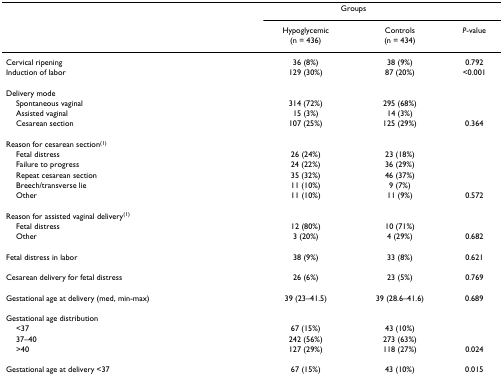
<table><thead><tr><td></td><td colspan="2"><b>Groups</b></td><td></td></tr><tr><td></td><td><b>Hypoglycemic(n = 436)</b></td><td><b>Controls(n = 434)</b></td><td><b><i>P</i>-value</b></td></tr></thead><tbody><tr><td>Cervical ripening</td><td>36 (8%)</td><td>38 (9%)</td><td>0.792</td></tr><tr><td>Induction of labor</td><td>129 (30%)</td><td>87 (20%)</td><td>&lt;0.001</td></tr><tr><td>Delivery mode</td><td></td><td></td><td></td></tr><tr><td> Spontaneous vaginal</td><td>314 (72%)</td><td>295 (68%)</td><td></td></tr><tr><td> Assisted vaginal</td><td>15 (3%)</td><td>14 (3%)</td><td></td></tr><tr><td> Cesarean section</td><td>107 (25%)</td><td>125 (29%)</td><td>0.364</td></tr><tr><td>Reason for cesarean section<sup>(1)</sup></td><td></td><td></td><td></td></tr><tr><td> Fetal distress</td><td>26 (24%)</td><td>23 (18%)</td><td></td></tr><tr><td> Failure to progress</td><td>24 (22%)</td><td>36 (29%)</td><td></td></tr><tr><td> Repeat cesarean section</td><td>35 (32%)</td><td>46 (37%)</td><td></td></tr><tr><td> Breech/transverse lie</td><td>11 (10%)</td><td>9 (7%)</td><td></td></tr><tr><td> Other</td><td>11 (10%)</td><td>11 (9%)</td><td>0.572</td></tr><tr><td>Reason for assisted vaginal delivery<sup>(1)</sup></td><td></td><td></td><td></td></tr><tr><td> Fetal distress</td><td>12 (80%)</td><td>10 (71%)</td><td></td></tr><tr><td> Other</td><td>3 (20%)</td><td>4 (29%)</td><td>0.682</td></tr><tr><td>Fetal distress in labor</td><td>38 (9%)</td><td>33 (8%)</td><td>0.621</td></tr><tr><td>Cesarean delivery for fetal distress</td><td>26 (6%)</td><td>23 (5%)</td><td>0.769</td></tr><tr><td>Gestational age at delivery (med, min-max)</td><td>39 (23–41.5)</td><td>39 (28.6–41.6)</td><td>0.689</td></tr><tr><td>Gestational age distribution</td><td></td><td></td><td></td></tr><tr><td> &lt;37</td><td>67 (15%)</td><td>43 (10%)</td><td></td></tr><tr><td> 37–40</td><td>242 (56%)</td><td>273 (63%)</td><td></td></tr><tr><td> &gt;40</td><td>127 (29%)</td><td>118 (27%)</td><td>0.024</td></tr><tr><td>Gestational age at delivery &lt;37</td><td>67 (15%)</td><td>43 (10%)</td><td>0.015</td></tr></tbody></table>